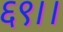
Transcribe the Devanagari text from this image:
६९।।